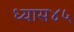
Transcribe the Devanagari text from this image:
ध्यास४५